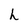
Character: h